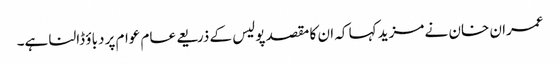
عمران خان نے مزید کہا کہ ان کا مقصد پولیس کے ذریعے عام عوام پر دباؤ ڈالنا ہے۔